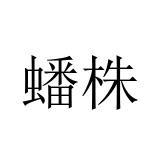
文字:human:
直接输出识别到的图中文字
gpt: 蟠株